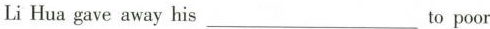
Li Hua gave away his ___ to poor